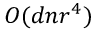
O ( d n r ^ { 4 } )